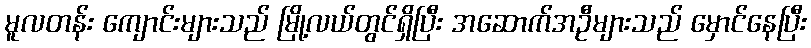
မူလတန်း ကျောင်းများသည် မြို့လယ်တွင်ရှိပြီး အဆောက်အဦများသည် မှောင်နေပြီး